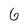
Character: 6